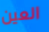
العين